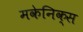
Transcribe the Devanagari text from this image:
मकेनिक्स